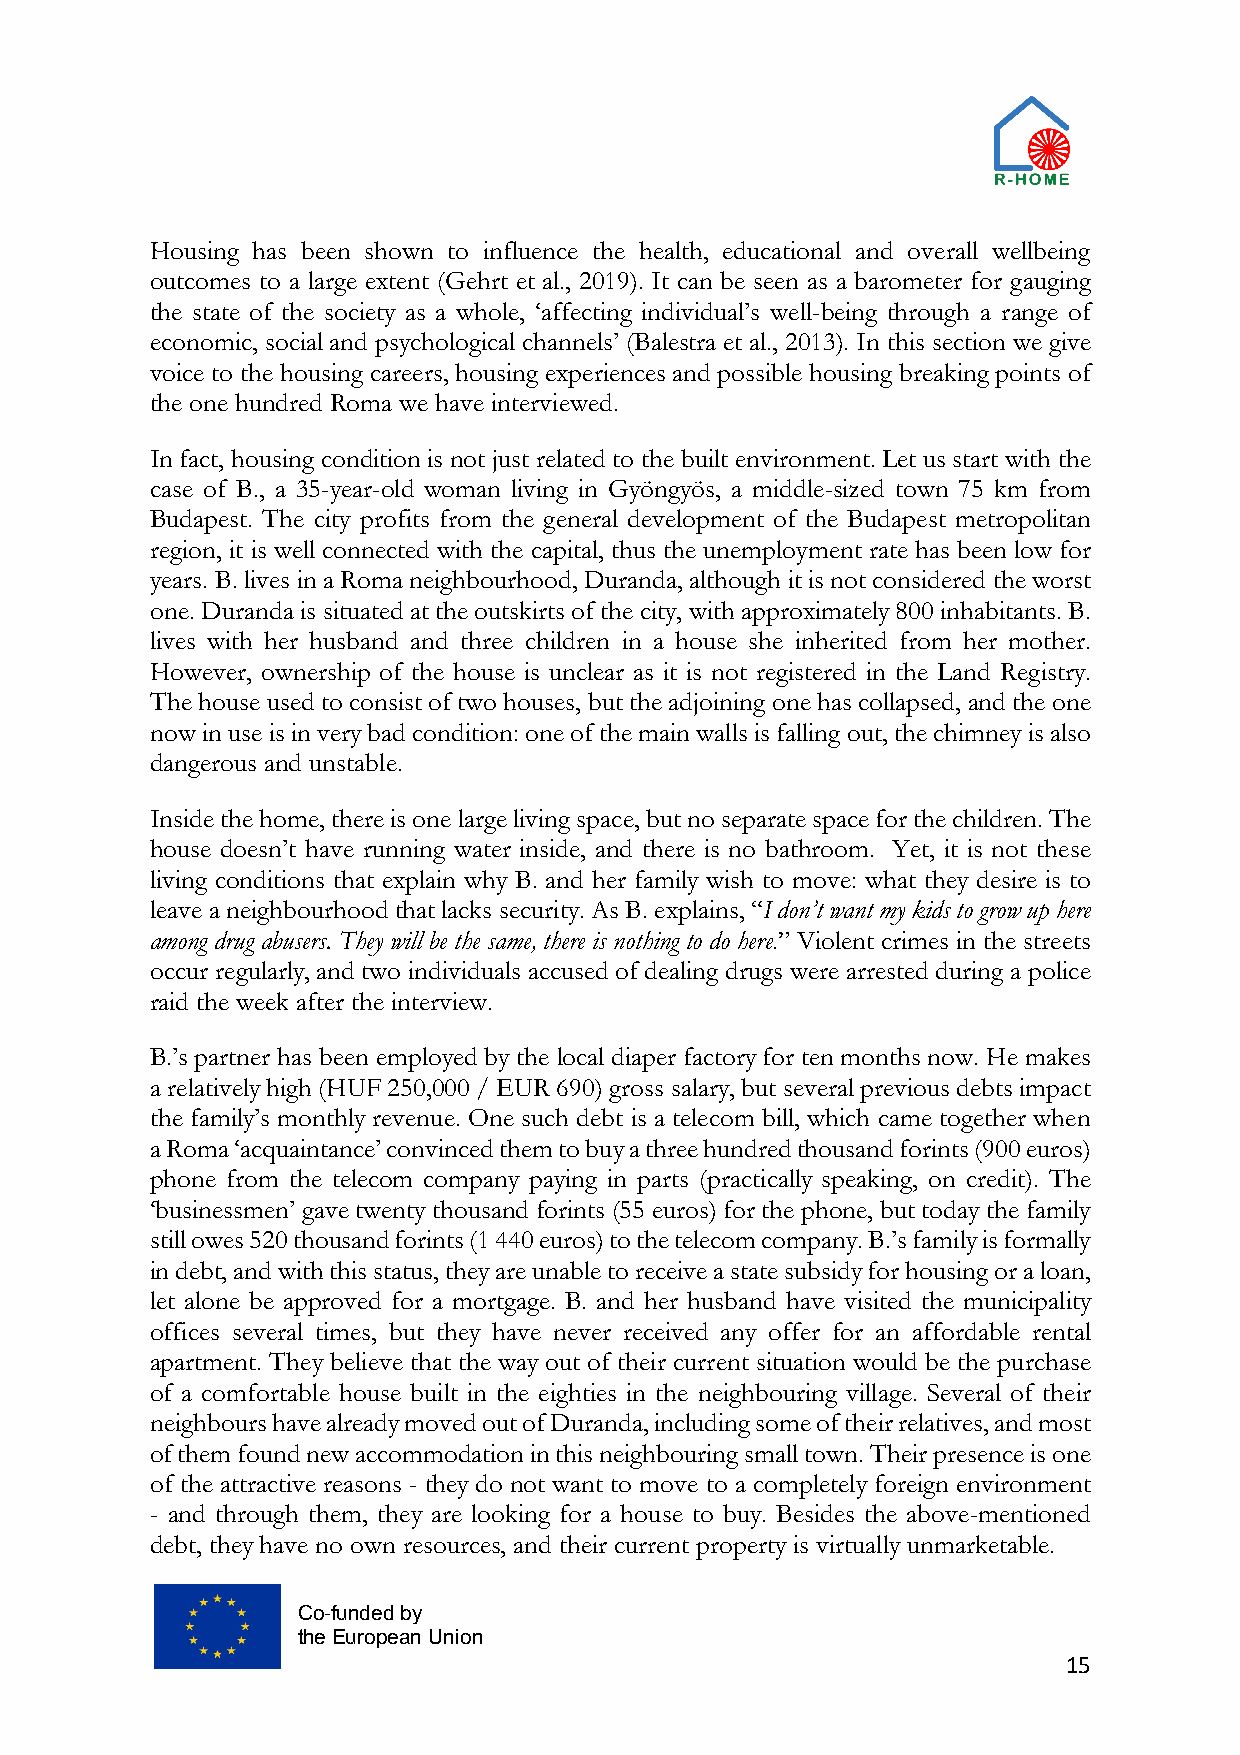
Housing has been shown to influence the health, educational and overall wellbeing
 outcomes to a large extent (Gehrt et al., 2019). It can be seen as a barometer for gauging
 the state of the society as a whole, ‘affecting individual’s well-being through a range of
 economic, social and psychological channels’ (Balestra et al., 2013). In this section we give
 voice to the housing careers, housing experiences and possible housing breaking points of
 the one hundred Roma we have interviewed.
 In fact, housing condition is not just related to the built environment. Let us start with the
 case of B., a 35-year-old woman living in Gyöngyös, a middle-sized town 75 km from
 Budapest. The city profits from the general development of the Budapest metropolitan
 region, it is well connected with the capital, thus the unemployment rate has been low for
 years. B. lives in a Roma neighbourhood, Duranda, although it is not considered the worst
 one. Duranda is situated at the outskirts of the city, with approximately 800 inhabitants. B.
 lives with her husband and three children in a house she inherited from her mother.
 However, ownership of the house is unclear as it is not registered in the Land Registry.
 The house used to consist of two houses, but the adjoining one has collapsed, and the one
 now in use is in very bad condition: one of the main walls is falling out, the chimney is also
 dangerous and unstable.
 Inside the home, there is one large living space, but no separate space for the children. The
 house doesn’t have running water inside, and there is no bathroom. Yet, it is not these
 living conditions that explain why B. and her family wish to move: what they desire is to
 leave a neighbourhood that lacks security. As B. explains, “I don’t want my kids to grow up here
 among drug abusers. They will be the same, there is nothing to do here.” Violent crimes in the streets
 occur regularly, and two individuals accused of dealing drugs were arrested during a police
 raid the week after the interview.
 B.’s partner has been employed by the local diaper factory for ten months now. He makes
 a relatively high (HUF 250,000 / EUR 690) gross salary, but several previous debts impact
 the family’s monthly revenue. One such debt is a telecom bill, which came together when
 a Roma ‘acquaintance’ convinced them to buy a three hundred thousand forints (900 euros)
 phone from the telecom company paying in parts (practically speaking, on credit). The
 ‘businessmen’ gave twenty thousand forints (55 euros) for the phone, but today the family
 still owes 520 thousand forints (1 440 euros) to the telecom company. B.’s family is formally
 in debt, and with this status, they are unable to receive a state subsidy for housing or a loan,
 let alone be approved for a mortgage. B. and her husband have visited the municipality
 offices several times, but they have never received any offer for an affordable rental
 apartment. They believe that the way out of their current situation would be the purchase
 of a comfortable house built in the eighties in the neighbouring village. Several of their
 neighbours have already moved out of Duranda, including some of their relatives, and most
 of them found new accommodation in this neighbouring small town. Their presence is one
 of the attractive reasons - they do not want to move to a completely foreign environment
 - and through them, they are looking for a house to buy. Besides the above-mentioned
 debt, they have no own resources, and their current property is virtually unmarketable.
 Co-funded by
 the European Union
 15